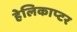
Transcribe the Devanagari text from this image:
हेलिकाप्‍टर